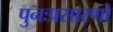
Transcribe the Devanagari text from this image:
पुनःप्रसारणों